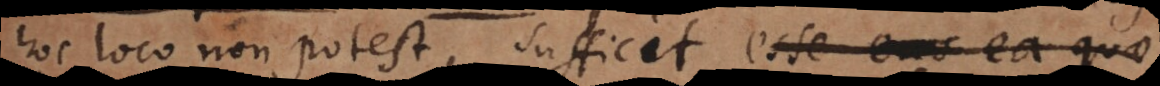
hoc loco non potest, sufficit esse eas ea quae